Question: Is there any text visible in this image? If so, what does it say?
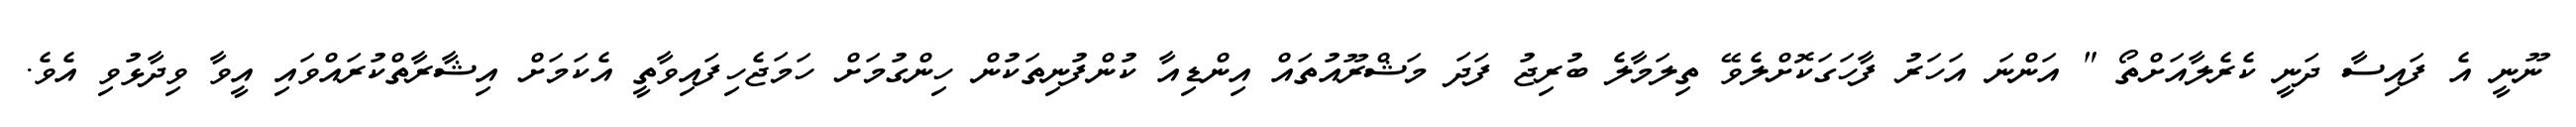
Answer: ނޫނީ އެ ފައިސާ ދަނީ ކެރެލާއަށްތޯ " އަންނަ އަހަރު ފާހަގަކޮށްލެވޭ ތިލަމާލެ ބުރިޖު ފަދަ މަޝްރޫއުތައް އިންޑިއާ ކުންފުނިތަކުން ހިންގުމަށް ހަމަޖެހިފައިވާތީ އެކަމަށް އިޝާރާތްކުރައްވައި އީވާ ވިދާޅުވި އެވެ.